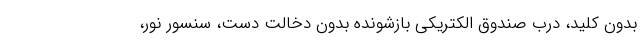
بدون کلید، درب صندوق الکتریکی بازشونده بدون دخالت دست، سنسور نور،